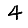
Digit: 4